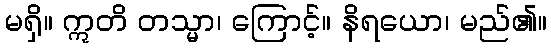
မရှိ။ ဣတိ တသ္မာ၊ ကြောင့်။ နိရယော၊ မည်၏။